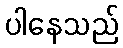
ပါနေသည်